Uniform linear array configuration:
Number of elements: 8
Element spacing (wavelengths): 0.75
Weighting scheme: exponential
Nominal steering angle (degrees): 45
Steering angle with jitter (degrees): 44.314
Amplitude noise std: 0.05
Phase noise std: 0.05

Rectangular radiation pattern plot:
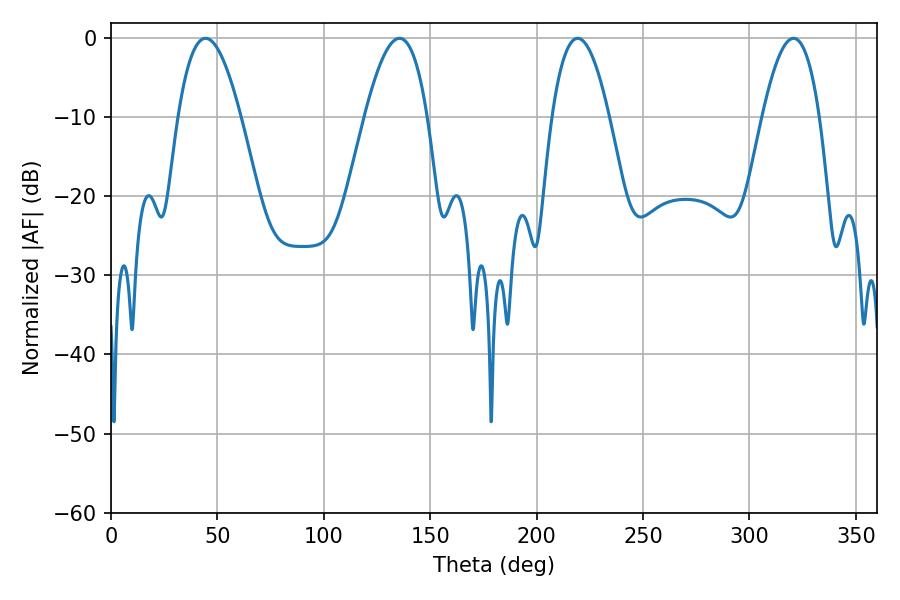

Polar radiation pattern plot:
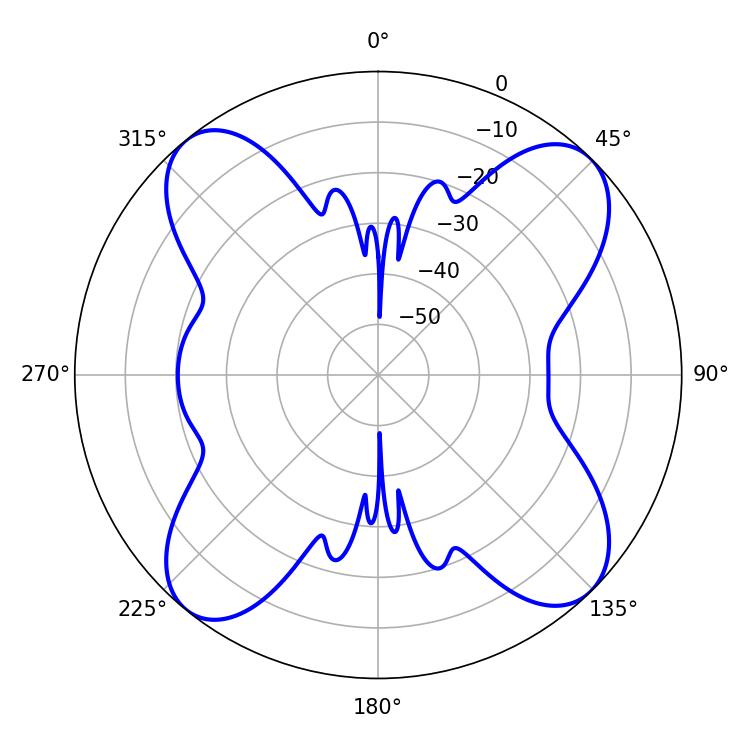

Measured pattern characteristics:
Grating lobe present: TRUE
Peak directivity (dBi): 14.525
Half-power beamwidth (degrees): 16.2
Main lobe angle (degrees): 44.46